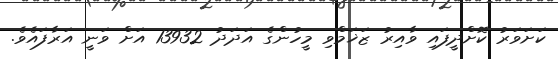
ކަށަވަރު ކޮށްދީފައި ވާއިރު ޒަޚަމްވި މީހުންގެ އަދަދު 13932 އަށް ވަނީ އަރާފައެވެ.